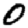
Digit: 0